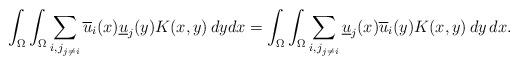
LaTeX: \begin{align*}\int_{\Omega} \int_{\Omega} \sum_{{i,j}_{j \neq i}} \overline{u}_{i}(x) \underline{u}_{j}(y) K(x,y) \, dy dx = \int_{\Omega} \int_{\Omega} \sum_{{i,j}_{j \neq i}} \underline{u}_{j}(x) \overline{u}_{i}(y) K(x,y) \, dy \, dx. \end{align*}